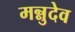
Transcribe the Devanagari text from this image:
मन्नुदेव